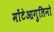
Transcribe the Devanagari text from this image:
मोंटेआगुलिनो